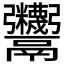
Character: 𩱷